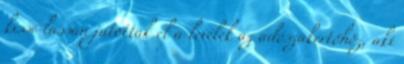
kissé lassan jutottak el a levelek az adószakértőhöz, aki